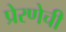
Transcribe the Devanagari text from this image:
प्रेरणेची